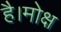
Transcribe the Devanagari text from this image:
है।मोक्ष